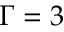
\Gamma = 3